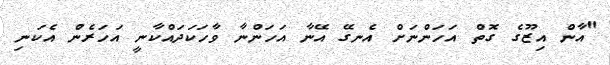
"އާން އިޒޫގެ ގޮތް އަހަންނަށް އެނގޭ އޭނާ އަހަންނާ ވާހަކަދައްކާނީ އަހަރެން އެކަނި